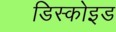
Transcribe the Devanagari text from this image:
डिस्कोइड